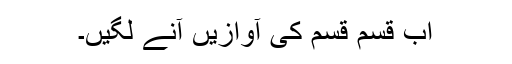
اب قسم قسم کی آوازیں آنے لگیں۔